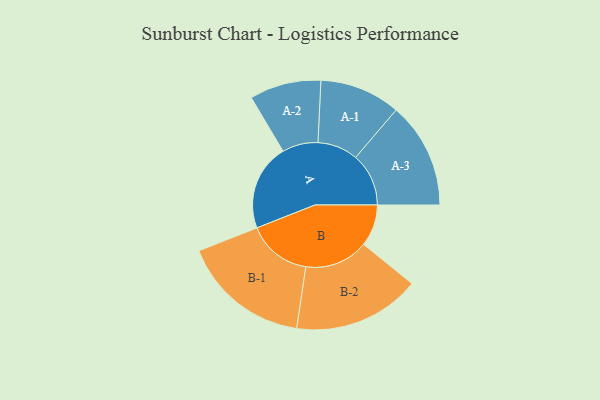
{"axis": {"x": "Segment", "y": "Value"}, "legend": ["", "A", "B"], "data": [{"x": "A", "y": 261, "type": ""}, {"x": "B", "y": 126, "type": ""}, {"x": "A-1", "y": 122, "type": "A"}, {"x": "A-2", "y": 108, "type": "A"}, {"x": "A-3", "y": 160, "type": "A"}, {"x": "B-1", "y": 194, "type": "B"}, {"x": "B-2", "y": 192, "type": "B"}]}